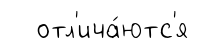
отл'ича́ютс'я